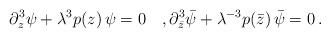
LaTeX: \begin{align*}\partial_{z}^{3} \psi + \lambda^{3}p(z)\, \psi=0\quad,\partial_{\bar{z}}^{3} \bar{\psi} + \lambda^{-3}p(\bar{z})\, \bar{\psi}=0\,.\end{align*}